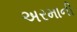
અરમાની